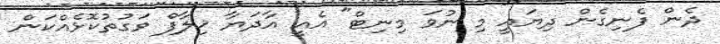
ދެން ފެނިގެން ދިޔައީ މި ނުވަ މިނިޓް" އެއީ އާދަޔާ ޚިލާފް ވަގުތުކޮޅެއްކަން